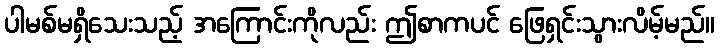
ပါမစ်မရှိသေးသည့် အကြောင်းကိုလည်း ဤစာကပင် ဖြေရှင်းသွားလိမ့်မည်။